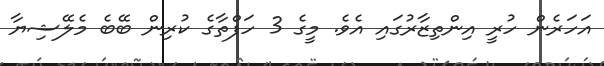
އަހަރެން ހުރީ އިންތިޒާރުގައި އެވެ. މީގެ 3 ހަފްތާގެ ކުރިން ބޭބެ މެލޭޝިޔާ